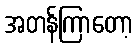
အတန်ကြာတော့